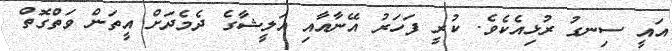
އައީ ސިނގު ރުޅިއެކެވެ. ކުރީ ފަހަރު އޭނާއާއި އަލީޝާގެ ދެމެދަށް އީތަން ވަތްގޮތް